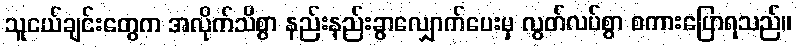
သူငယ်ချင်းတွေက အလိုက်သိစွာ နည်းနည်းခွာလျှောက်ပေးမှ လွတ်လပ်စွာ စကားပြောရသည်။